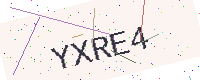
Text: YXRE4